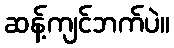
ဆန့်ကျင်ဘက်ပဲ။